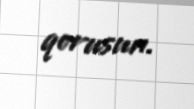
qorusun.